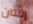
إثنتان